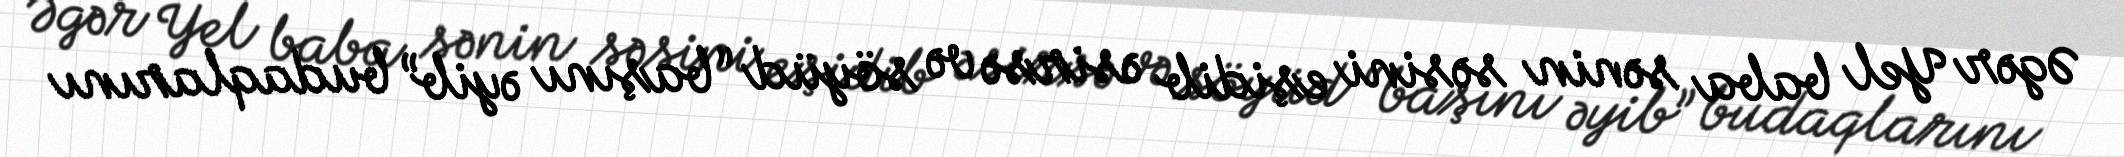
Əgər Yel baba sənin səsini eşidib əsirsə və söyüd “başını əyib” budaqlarını